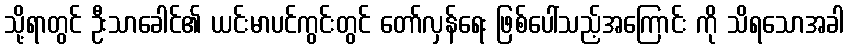
သို့ရာတွင် ဦးသာခေါင်၏ ယင်းမာပင်ကွင်းတွင် တော်လှန်ရေး ဖြစ်ပေါ်သည့်အကြောင်း ကို သိရသောအခါ